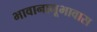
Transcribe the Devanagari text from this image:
भावानानूभावास